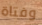
وفتاة